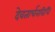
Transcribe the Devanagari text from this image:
देवतार्चनविधि